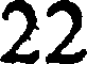
22